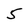
Character: 5